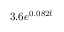
3 . 6 e ^ { 0 . 0 8 2 \bar { t } }